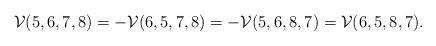
LaTeX: \begin{align*}\mathcal V(5,6,7,8)=-\mathcal V(6,5,7,8)=-\mathcal V(5,6,8,7)=\mathcal V(6,5,8,7).\end{align*}